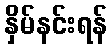
နှိမ်နင်းရန်